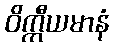
ဝိက္ကီယမာနံ